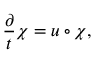
\frac { \partial } { t } \chi = u \circ \chi ,